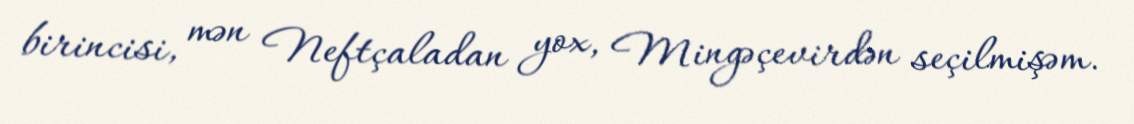
birincisi, mən Neftçaladan yox, Mingəçevirdən seçilmişəm.